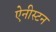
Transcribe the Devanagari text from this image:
ऐनीस्टन